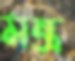
মন্ত্র